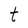
Character: t